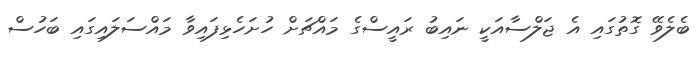
ބެލެވޭ ގޮތުގައި އެ ޖަލްސާއަކީ ނައިބު ރައީސްގެ މައްޗަށް ހުށަހެޅިފައިވާ މައްސަލައިގައި ބަހުސް